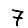
Digit: 7